Lunatic asylums in Bengal annual reports 1899-1911 - 1899-1911
Year: 1899
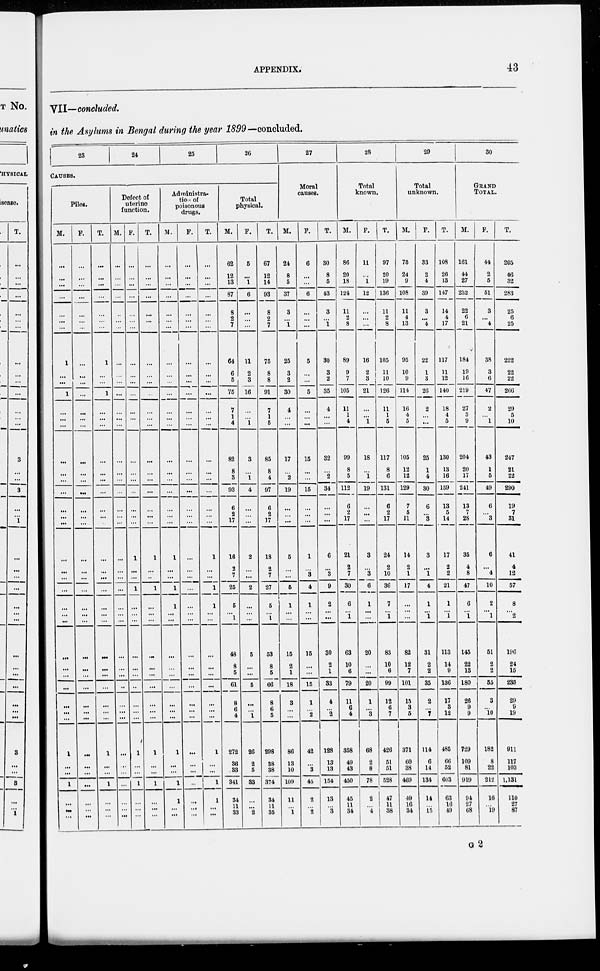
APPENDIX.
43
VII—concluded.
in the Asylums in Bengal during the year 1899 —concluded.
23
24
25
26
CAUSES.
Piles.
M.
...
...
...
...
...
...
...
1
...
...
1
...
...
...
...
...
...
...
...
...
...
...
...
...
...
...
...
...
...
...
...
...
...
...
...
1
...
...
1
...
...
...
F.
...
...
...
...
...
...
...
...
...
...
...
...
...
...
...
...
...
...
...
...
...
...
...
...
...
...
...
...
...
...
...
...
...
...
...
...
...
...
...
...
...
...
T.
...
...
...
...
...
...
...
1
...
...
1
...
...
...
...
...
...
...
...
...
...
...
...
...
...
...
...
...
...
...
...
...
...
...
...
1
...
...
1
...
...
...
Defect of
uterine
function.
M.
...
...
...
...
...
...
...
...
...
...
...
...
...
...
...
...
...
...
...
...
...
...
...
...
...
...
...
...
...
...
...
...
...
...
...
...
...
...
...
...
...
...
F.
...
...
...
...
...
...
...
...
...
...
...
...
...
...
...
...
...
...
...
...
...
1
...
...
1
...
...
...
...
...
...
...
...
...
...
1
...
...
1
...
...
...
T.
...
...
...
...
...
...
...
...
...
...
...
...
...
...
...
...
...
...
...
...
...
1
...
...
1
...
...
...
...
...
...
...
...
...
...
1
...
...
1
...
...
...
Administra-
tion of
poisonous
drugs.
M.
...
...
...
...
...
...
...
...
...
...
...
...
...
...
...
...
...
...
...
...
...
1
...
...
1
1
...
...
...
...
...
...
...
...
...
1
...
...
1
1
...
...
F.
...
...
...
...
...
...
...
...
...
...
...
...
...
...
...
...
...
...
...
...
...
...
...
...
...
...
...
...
...
...
...
...
...
...
...
...
...
...
...
...
...
...
T.
...
...
...
...
...
...
...
...
...
...
...
...
...
...
...
...
...
...
...
...
...
1
...
...
1
1
...
...
...
...
...
...
...
...
...
1
...
...
1
1
...
...
Total
physical.
M.
62
12
13
87
8
2
7
64
6
5
75
7
1
4
82
8
3
93
6
2
17
16
2
7
25
5
... 1
48
8
5
61
8
6
4
272
36
33
341
34
11
33
F.
5
...
1
6
...
...
...
11
2
3
16
...
...
1
3
...
1
4
...
...
...
2
...
...
2
...
...
...
5
...
...
5
...
...
1
26
2
5
33
...
...
2
T.
67
12
14
93
8
2
7
75
8
8
91
7
1
5
85
8
4
97
6
2
17
18
2
7
27
5
...
1
53
8
5
66
8
6
5
298
38
38
374
34
11
35
27
Moral
causes.
M.
24
8
5
37
3
...
1
25
3
2
30
4
...
...
17
...
2
19
...
...
...
5
...
...
5
1
...
...
15
2
1
18
3
...
...
86
13
10
109
11
...
1
F.
6
...
...
6
...
...
...
5
...
...
5
...
...
...
15
...
...
15
...
...
...
1
...
3
4
1
...
...
15
...
...
15
1
...
2
42
...
3
45
2
...
2
T.
30
8
5
43
3
...
1
30
3
2
35
4
...
...
32
...
2
34
...
...
...
6
...
3
9
2
...
...
30
2
1
33
4
...
2
128
13
13
154
13
...
3
28
Total
known.
M.
86
20
18
124
11
2
8
89
9
7
105
11
1
4
99
8
5
112
6
2
17
21
2
7
30
6
...
1
63
10
6
79
11
6
4
358
49
43
450
45
11
34
F.
11
...
1
12
...
...
16
2
3
21
...
...
1
18
...
1
19
...
...
...
3
...
3
6
1
...
...
20
...
...
20
1
...
3
68
2
8
78
2
...
4
T.
97
20
19
136
11
2
8
105
11
10
126
11
1
5
117
8
6
131
6
2
17
24
2
10
36
7
... 1
83
10
6
99
12
6
7
426
51
51
528
47
11
38
29
Total
unknown.
M.
75
24
9
108
11
4
13
95
10
9
114
16
4
5
105
12
12
129
7
5
11
14
2
1
17
...
...
...
82
12
7
101
15
3
5
371
60
38
469
49
16
34
F.
33
2
4
39
3
...
4
22
1
3
26
2
...
...
25
1
4
30
6
...
3
3
...
1
4
1
...
1
31
2
2
35
2
...
7
114
6
14
134
14
...
15
T.
108
26
13
147
14
4
17
117
11
12
140
18
4
5
130
13
16
159
13
5
14
17
2
2
21
1
...
1
113
14
9
136
17
3
12
485
66
52
603
63
16
49
30
GRAND
TOTAL.
M.
161
44
27
232
22
6
21
184
19
16
219
27
5
9
204
20
17
241
13
7
28
35
4
8
47
6
...
1
145
22
13
180
26
9
9
729
109
81
919
94
27
68
F.
44
2
5
51
3
...
4
38
3
6
47
2
...
1
43
1
5
49
6
...
3
6
...
4
10
2
... 1
51
2
2
55
3
...
10
182
8
22
212
16
...
19
T.
205
46
32
283
25
6
25
222
22
22
266
29
5
10
247
21
22
290
19
7
31
41
4
12
57
8
... 2
196
24
15
235
29
9
19
911
117
103
1,131
110
27
87
G 2